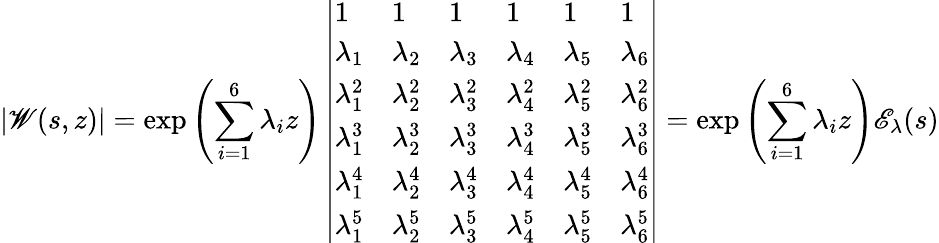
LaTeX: |\mathscr{W}(s,z)|=\exp{\left(\sum_{i=1}^{6}\lambda_{i}z\right)}\left|\begin{array}{llllll}{1}&{1}&{1}&{1}&{1}&{1}\\ {\lambda_{1}}&{\lambda_{2}}&{\lambda_{3}}&{\lambda_{4}}&{\lambda_{5}}&{\lambda_{6}}\\ {\lambda_{1}^{2}}&{\lambda_{2}^{2}}&{\lambda_{3}^{2}}&{\lambda_{4}^{2}}&{\lambda_{5}^{2}}&{\lambda_{6}^{2}}\\ {\lambda_{1}^{3}}&{\lambda_{2}^{3}}&{\lambda_{3}^{3}}&{\lambda_{4}^{3}}&{\lambda_{5}^{3}}&{\lambda_{6}^{3}}\\ {\lambda_{1}^{4}}&{\lambda_{2}^{4}}&{\lambda_{3}^{4}}&{\lambda_{4}^{4}}&{\lambda_{5}^{4}}&{\lambda_{6}^{4}}\\ {\lambda_{1}^{5}}&{\lambda_{2}^{5}}&{\lambda_{3}^{5}}&{\lambda_{4}^{5}}&{\lambda_{5}^{5}}&{\lambda_{6}^{5}}\end{array}\right|=\exp{\left(\sum_{i=1}^{6}\lambda_{i}z\right)}\mathscr{E}_{\lambda}(s)